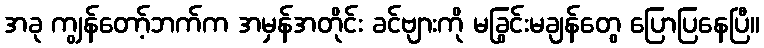
အခု ကျွန်တော့်ဘက်က အမှန်အတိုင်း ခင်ဗျားကို မခြွင်းမချန်တွေ ပြောပြနေပြီ။